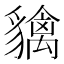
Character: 𧴐